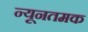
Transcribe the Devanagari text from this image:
न्यूनतमक